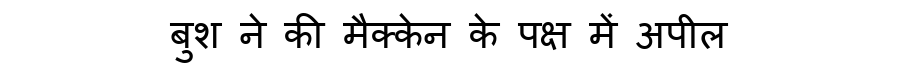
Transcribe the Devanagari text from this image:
बुश ने की मैक्केन के पक्ष में अपील